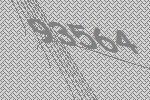
93564